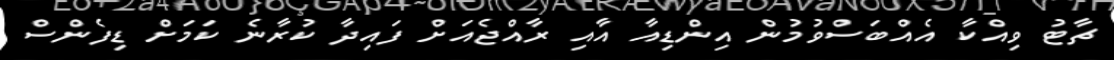
ޗާޓު ވިއްކާ އެއްބަސްވުމުން އިންޑިއާ އާއި ރާއްޖެއަށް ފައިދާ ކުރާނެ ކަމަށް ޑިފެންސް